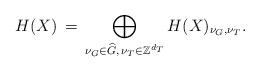
LaTeX: \begin{align*}H(X)\,=\,\bigoplus_{\nu_{G}\in \widehat{G},\, \nu_{T}\in \mathbb{Z}^{d_{T}}}H(X)_{\nu_{G},\nu_{T}}.\end{align*}